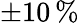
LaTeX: \pm 10\, \%